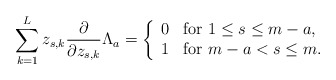
\begin{align*} \sum _{k=1}^L z_{s,k} \frac{\partial}{\partial z_{s,k}} \Lambda _a = \left\{ \begin{array}{ll} 0 & \mbox{for $ 1 \leq s \leq m-a $,} \\ 1 & \mbox{for $ m-a < s \leq m $.} \end{array} \right.\end{align*}